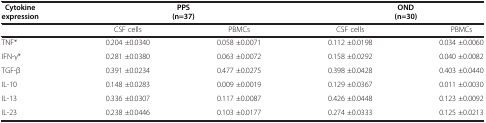
<table><thead><tr><td><b>Cytokine expression</b></td><td colspan="2"><b>PPS (n=37)</b></td><td colspan="2"><b>OND (n=30)</b></td></tr></thead><tbody><tr><td>[EMPTY_CELL]</td><td>CSF cells</td><td>PBMCs</td><td>CSF cells</td><td>PBMCs</td></tr><tr><td>TNF*</td><td>0.204 ±0.0340</td><td>0.058 ±0.0071</td><td>0.112 ±0.0198</td><td>0.034 ±0.0060</td></tr><tr><td>IFN-γ*</td><td>0.281 ±0.0380</td><td>0.063 ±0.0072</td><td>0.158 ±0.0292</td><td>0.040 ±0.0082</td></tr><tr><td>TGF-β</td><td>0.391 ±0.0234</td><td>0.477 ±0.0275</td><td>0.398 ±0.0428</td><td>0.403 ±0.0440</td></tr><tr><td>IL-10</td><td>0.148 ±0.0283</td><td>0.009 ±0.0019</td><td>0.129 ±0.0367</td><td>0.011 ±0.0030</td></tr><tr><td>IL-13</td><td>0.336 ±0.0307</td><td>0.117 ±0.0087</td><td>0.426 ±0.0448</td><td>0.123 ±0.0092</td></tr><tr><td>IL-23</td><td>0.238 ±0.0446</td><td>0.103 ±0.0177</td><td>0.274 ±0.0333</td><td>0.125 ±0.0213</td></tr></tbody></table>